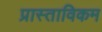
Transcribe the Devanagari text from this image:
प्रास्ताविकम